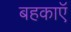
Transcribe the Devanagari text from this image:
बहकाएॅ